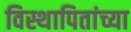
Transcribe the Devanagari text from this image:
विस्थापितांच्या